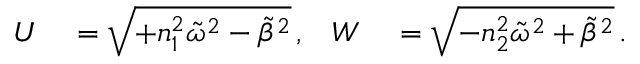
\begin{array} { r l r l } { U } & { { } = \sqrt { + n _ { 1 } ^ { 2 } \tilde { \omega } ^ { 2 } - \tilde { \beta } ^ { 2 } } \, , } & { W } & { { } = \sqrt { - n _ { 2 } ^ { 2 } \tilde { \omega } ^ { 2 } + \tilde { \beta } ^ { 2 } } \, . } \end{array}